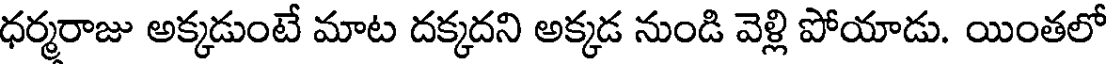
ధర్మరాజు అక్కడుంటే మాట దక్కదని అక్కడ నుండి వెళ్లి పోయాడు. యింతలో